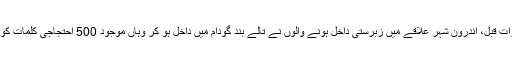
اس سے ایک رات قبل، اندرون شہر علاقے میں زبرستی داخل ہونے والوں نے تالے بند گودام میں داخل ہو کر وہاں موجود 500 احتجاجی کلمات کو نقصان پہنچایا۔